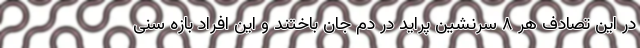
در این تصادف هر ۸ سرنشین پراید در دم جان باختند و این افراد بازه سنی